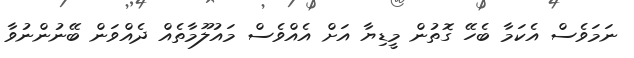
ނަމަވެސް އެކަމާ ބެހޭ ގޮތުން މީޑިޔާ އަށް އެއްވެސް މައުލޫމާތެއް ދެއްވަން ބޭނުންނުވާ